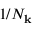
1 / N _ { \mathbf { k } }